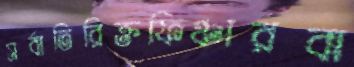
সর্বাতিরিক্তফিঞ্চারবা